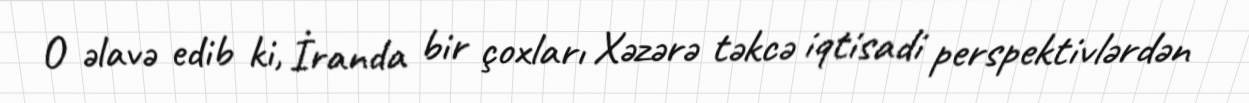
O əlavə edib ki, İranda bir çoxları Xəzərə təkcə iqtisadi perspektivlərdən